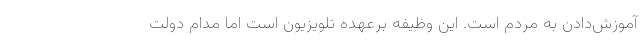
آموزش‌دادن به مردم است. این وظیفه برعهده تلویزیون است اما مدام دولت